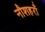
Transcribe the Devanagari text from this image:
नौशहराँ